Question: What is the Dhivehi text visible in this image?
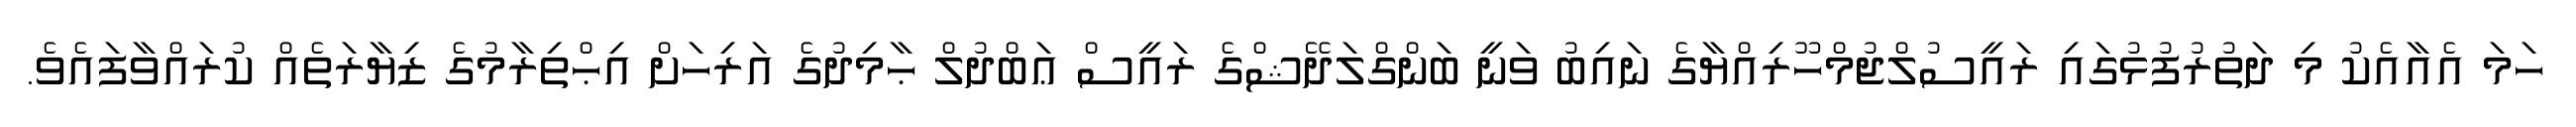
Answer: ހަމަ އެއާއެކު މި ދަތުރުފުޅުގައި ރައީސުލްޖުމްހޫރިއްޔާގެ ނައިބު ވަނީ ބަންގްލަދޭޝްގެ ރައީސް ޢަބްދުލް ޙާމިދުގެ އަރިހަށް އިޙްތިރާމުގެ ޒިޔާރަތެއް ކުރައްވާފައެވެ.